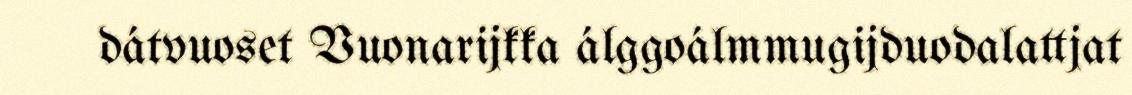
dátvuoset Vuonarijkka álggoálmmugijduodalattjat